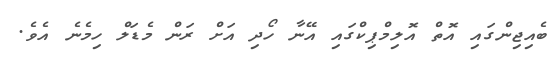
ބެއިޖިންގައި އޮތް އޮލިމްޕިކްގައި އޭނާ ހޯދި އަށް ރަން މެޑަލް ހިމެނެ އެވެ.